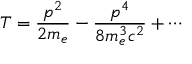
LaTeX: T = { \frac { p ^ { 2 } } { 2 m _ { e } } } - { \frac { p ^ { 4 } } { 8 m _ { e } ^ { 3 } c ^ { 2 } } } + \cdots